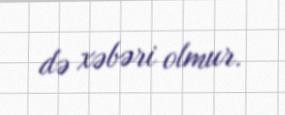
də xəbəri olmur.